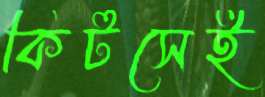
কিটসেই